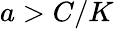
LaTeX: a>C/K